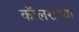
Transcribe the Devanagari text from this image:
कॉलराच्या